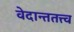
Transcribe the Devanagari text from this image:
वेदान्ततत्त्‍व